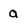
Character: a